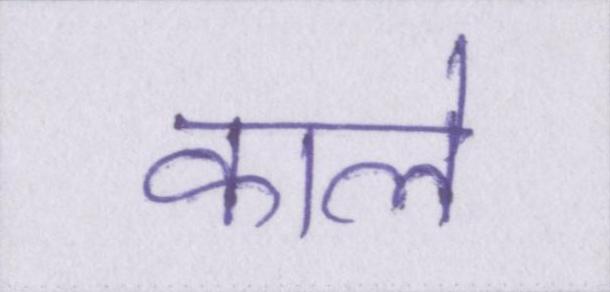
काले